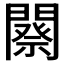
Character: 𨶋